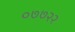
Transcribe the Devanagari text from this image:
०७७२२